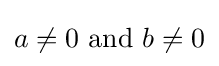
a\neq 0{\text{ and }}b\neq 0